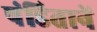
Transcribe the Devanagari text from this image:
पंडितानें